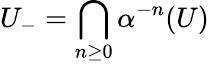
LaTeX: U_{-}=\bigcap_{n\geq 0}\alpha^{-n}(U)